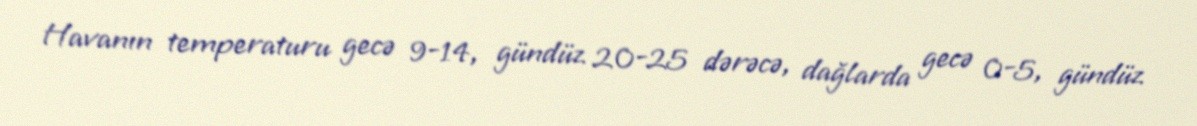
Havanın temperaturu gecə 9-14, gündüz 20-25 dərəcə, dağlarda gecə 0-5, gündüz